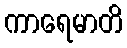
ကာရေမာတိ